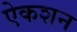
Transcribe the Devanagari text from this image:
ऐकशन